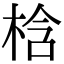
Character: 梒